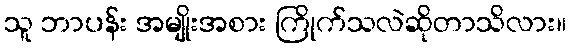
သူ ဘာပန်း အမျိုးအစား ကြိုက်သလဲဆိုတာသိလား။